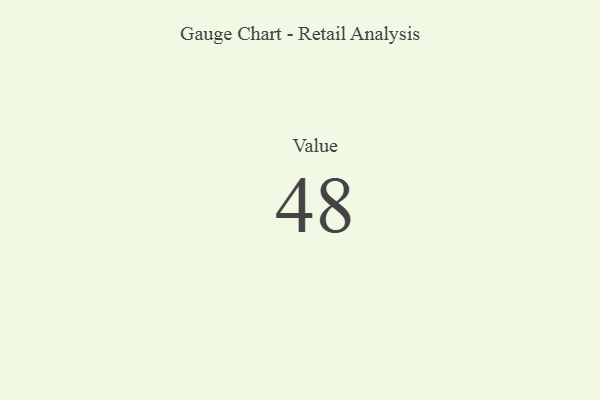
{"axis": {"x": "Metric", "y": "Value"}, "legend": [""], "data": [{"x": "Value", "y": 48, "type": ""}]}